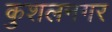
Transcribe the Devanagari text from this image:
कुशलनगर